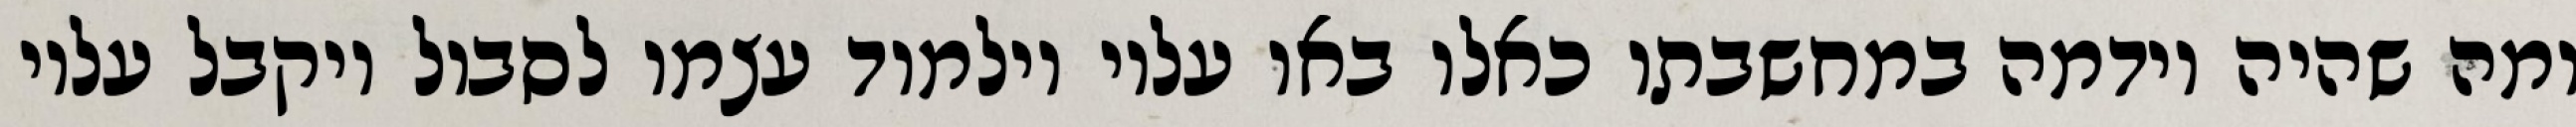
ומה שהיה וידמה במחשבתו כאלו באו עליו וילמוד עצמו לסבול ויקבל עליו